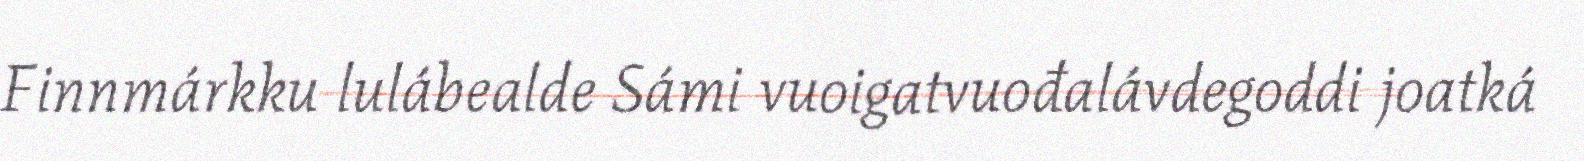
Finnmárkku lulábealde Sámi vuoigatvuođalávdegoddi joatká